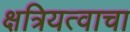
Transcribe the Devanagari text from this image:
क्षत्रियत्वाचा